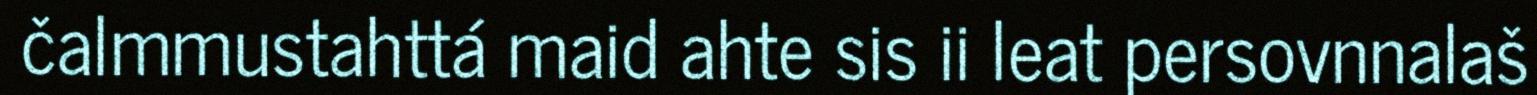
čalmmustahttá maid ahte sis ii leat persovnnalaš